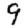
Digit: 9